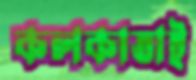
কলকাতাই